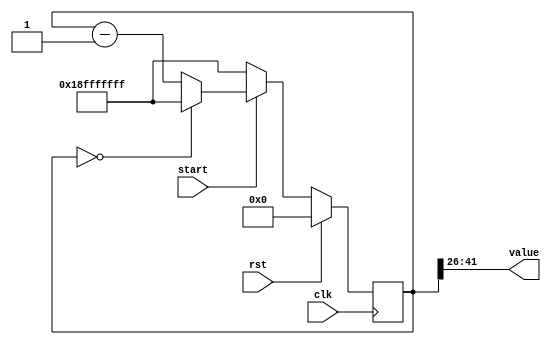
/*
   This file was generated automatically by the Mojo IDE version B1.3.6.
   Do not edit this file directly. Instead edit the original Lucid source.
   This is a temporary file and any changes made to it will be destroyed.
*/

/*
   Parameters:
     SIZE = 16
     DIV = 26
     TOP = 99
     UP = 0
*/
module counter_5 (
    input clk,
    input rst,
    output reg [15:0] value,
    input start
  );
  
  localparam SIZE = 5'h10;
  localparam DIV = 5'h1a;
  localparam TOP = 7'h63;
  localparam UP = 1'h0;
  
  
  reg [41:0] M_ctr_d, M_ctr_q = 1'h0;
  
  localparam MAX_VALUE = 33'h18fffffff;
  
  always @* begin
    M_ctr_d = M_ctr_q;
    
    value = M_ctr_q[26+15-:16];
    if (start) begin
      if (1'h0) begin
        M_ctr_d = M_ctr_q + 1'h1;
        if (1'h1 && M_ctr_q == 33'h18fffffff) begin
          M_ctr_d = 1'h0;
        end
      end else begin
        M_ctr_d = M_ctr_q - 1'h1;
        if (1'h1 && M_ctr_q == 1'h0) begin
          M_ctr_d = 33'h18fffffff;
        end
      end
    end else begin
      M_ctr_d = 33'h18fffffff;
    end
  end
  
  always @(posedge clk) begin
    if (rst == 1'b1) begin
      M_ctr_q <= 1'h0;
    end else begin
      M_ctr_q <= M_ctr_d;
    end
  end
  
endmodule